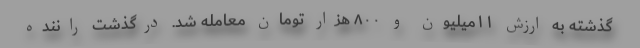
گذشته به ارزش ۱۱میلیون و ۸۰۰ هزار تومان معامله شد. درگذشت راننده